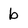
Character: b